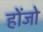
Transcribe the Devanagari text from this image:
होंजो